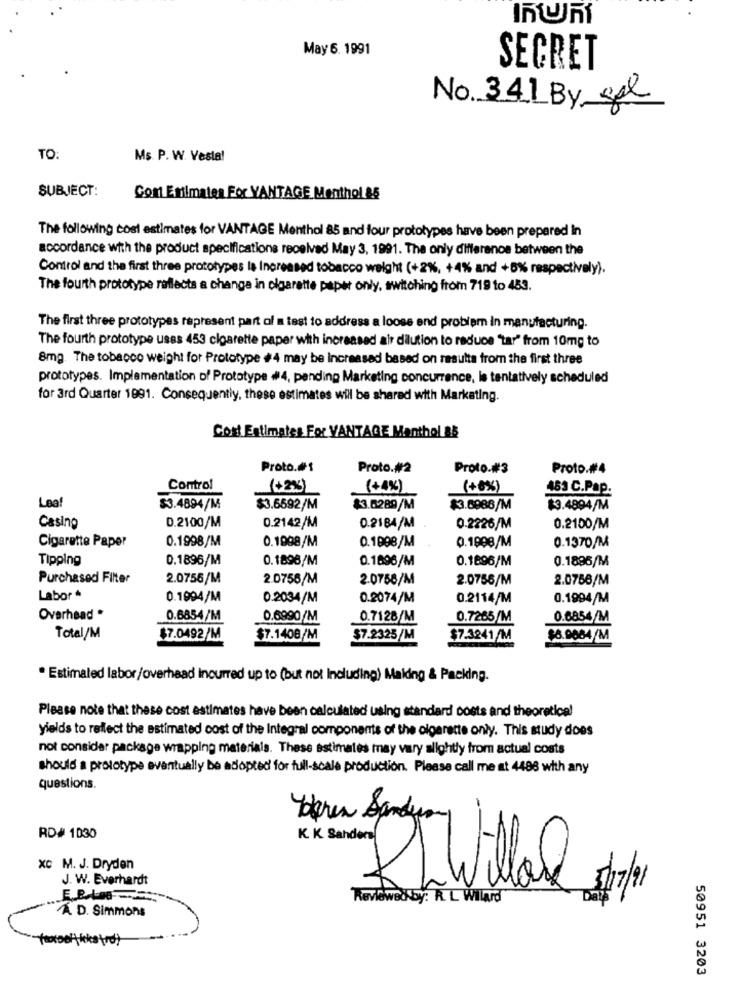
May 6. 1991
SECRET
No. 341 By gel
TO:
Ms. P. W. Vesta!
SUBJECT:
Cont Estimates For VANTAGE Menthol 85
The following cost estimates for VANTAGE Menthol 85 and four prototypes have been prepared in
accordance with the product specifications received May 3, 1991. The only difference between the
Control and the first three prototypes is Increased tobacco weight (+2%, +4% and +8% respectively).
The fourth prototype reflects a change in cigarette paper only, switching from 719 to 453.
The first three prototypes represent part of a test to address a loose end problem in manufacturing.
The fourth prototype usss 453 cigarette paper with increased air dilution to reduce "tar" from 10mg to
8mg. The tobacco weight for Prototype #4 may be Increased based on results from the first three
prototypes. Implementation of Prototype #4, pending Marketing concurrence, Is tentatively scheduled
for 3rd Quarter 1991. Consequently, these estimates will be shared with Marketing.
Cost Estimates For VANTAGE Manthol 85
Proto.#1
Proto.#2
Proto.#3
Proto.#4
Control
( +2%)
(+4%)
(+0%)
463 C.Pap.
Leaf
$3.4894/M
$3.6692/M
$3.0289/M
$3.6986/M
$3.4894/M
Casing
D.2100/M
0.2142/M
0.2184/M
0.2226/M
0.2100/M
Cigarette Paper
0.1998/M
0.1998/M
0.1998/M
0.1998/M
0.1370/M
Tipping
0.1896/M
0.1896/M
0.1696/M
0.1696/M
0.1896/M
Purchased Filter
2.0755/M
2.0756/M
2.0758/M
2.0756/M
2.0766/M
Labor *
0.1994/M
0.2034/M
0.2074/M
0.2114/M
0.1994/M
Overhead *
0.6854/M
0.6990/M
0.7128/M
0.7265/M
0.6854/M
Total/M
$7.0492/M
$7.1408/M
$7.2325/M
$7.3241 /M
$6.9084/M
* Estimated labor/overhead incurred up to (but not Including) Maidng & Packing.
Please note that these cost estimates have been calculated using standard costs and theoretical
yields to reflect the estimated cost of the Integral components of the cigarette only. This study does
not consider package wrapping materials. These estimates may vary slightly from actual costs
should a prototype eventually be adopted for full-scale production. Please call me at 4498 with any
questions.
Waren Sanders
RD# 1030
K. K Sanders
xc M. J. Dryden
J. W. Everhardt
RiWill
1/7/1
Reviewed by: R. L Willard
A D. Simmons
50951 3203